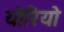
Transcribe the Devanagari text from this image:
योरियो